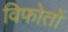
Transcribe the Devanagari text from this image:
विफोतों